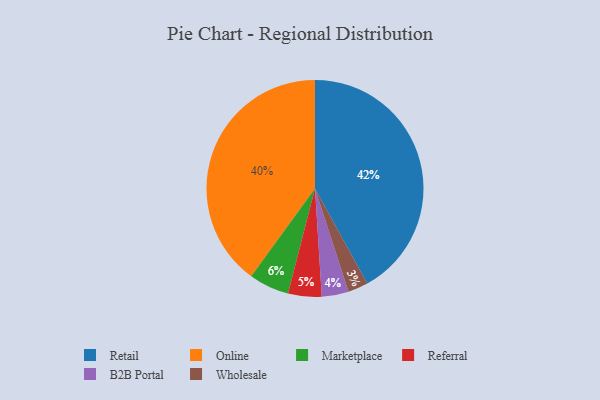
{"axis": {"x": "Category", "y": "Percentage"}, "legend": ["B2B Portal", "Marketplace", "Online", "Referral", "Retail", "Wholesale"], "data": [{"x": "Wholesale", "y": 3, "type": "Wholesale"}, {"x": "Online", "y": 40, "type": "Online"}, {"x": "Marketplace", "y": 6, "type": "Marketplace"}, {"x": "Referral", "y": 5, "type": "Referral"}, {"x": "B2B Portal", "y": 4, "type": "B2B Portal"}, {"x": "Retail", "y": 42, "type": "Retail"}]}